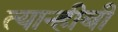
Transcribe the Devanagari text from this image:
त्यान्हीबी